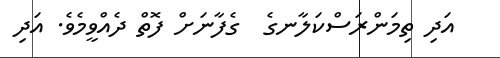
އަދި ތިމަންރަސްކަލާނގެ  ގެފާނަށް ފޮތް ދެއްވީމެވެ. އަދި